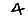
Digit: 4